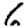
Digit: 6